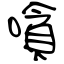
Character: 嗿